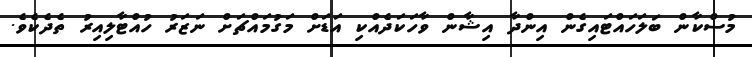
މުސްކާން ބަލަހައްޓައިގެން އިންދާ އިޝާން ވާހަކަދެއްކި އަޑަށް މަގުމައްޗަށް ނަޒަރު ހުއްޓާލިއިރު ތެދެކެވެ.